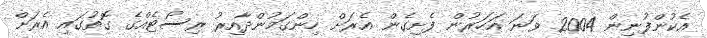
އެކުންފުނިން 2004 ވަނަ އަހަރުން ފެށިގެން އެރަށް ހިންގަމުންދާއިރު ރިސޯޓެއްގެ ގޮތުގައި އެރަށް